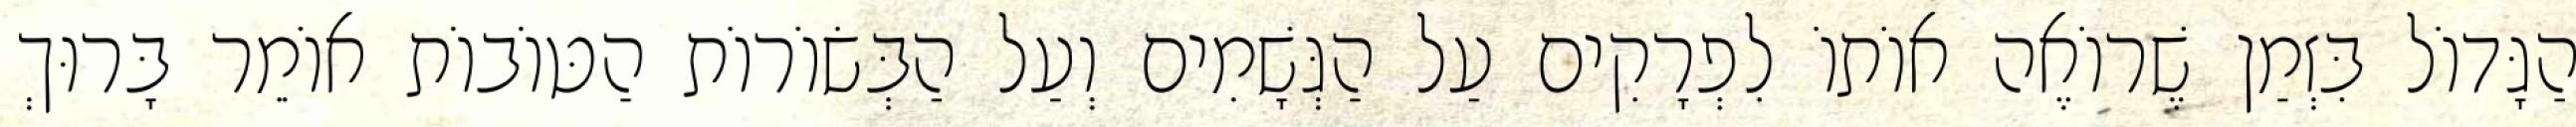
הַגָּדוֹל בִּזְמַן שֶׁרוֹאֶה אוֹתוֹ לִפְרָקִים עַל הַגְּשָׁמִים וְעַל הַבְּשׂוֹרוֹת הַטּוֹבוֹת אוֹמֵר בָּרוּךְ